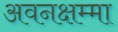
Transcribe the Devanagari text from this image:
अवनक्षम्मा